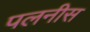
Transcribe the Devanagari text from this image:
पलनीस